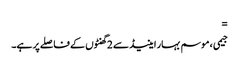
=
جیمی ، موسم بہار اینیڈ سے 2 گھنٹوں کے فاصلے پر ہے۔